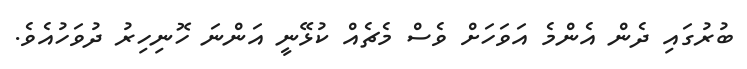
ބުރުގައި ދެން އެންމެ އަވަހަށް ވެސް މެޗެއް ކުޅޭނީ އަންނަ ހޮނިހިރު ދުވަހުއެވެ.